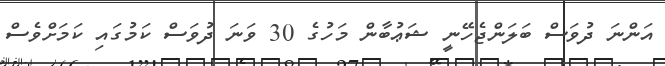
އަންނަ ދުވަސް ބަލަންޖެހޭނީ ޝަޢުބާން މަހުގެ 30 ވަނަ ދުވަސް ކަމުގައި ކަމަށްވެސް